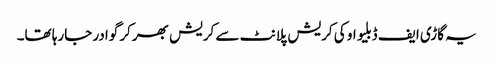
یہ گاڑی ایف ڈبلیو او کی کریش پلانٹ سے کریش بھرکر گوادر جارہا تھا۔